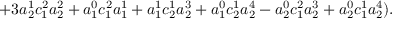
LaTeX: + 3 a _ { 2 } ^ { 1 } c _ { 1 } ^ { 2 } a _ { 2 } ^ { 2 } + a _ { 1 } ^ { 0 } c _ { 1 } ^ { 2 } a _ { 1 } ^ { 1 } + a _ { 1 } ^ { 1 } c _ { 2 } ^ { 1 } a _ { 2 } ^ { 3 } + a _ { 1 } ^ { 0 } c _ { 2 } ^ { 1 } a _ { 2 } ^ { 4 } - a _ { 2 } ^ { 0 } c _ { 1 } ^ { 2 } a _ { 2 } ^ { 3 } + a _ { 2 } ^ { 0 } c _ { 1 } ^ { 1 } a _ { 2 } ^ { 4 } ) .